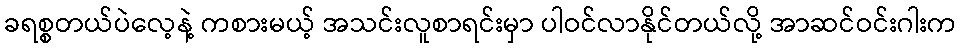
ခရစ္စတယ်ပဲလေ့နဲ့ ကစားမယ့် အသင်းလူစာရင်းမှာ ပါဝင်လာနိုင်တယ်လို့ အာဆင်ဝင်းဂါးက